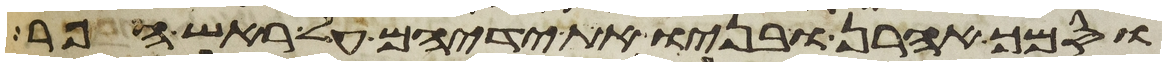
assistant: וסמך אהרן ובניו את ידיהם על ראש הפר